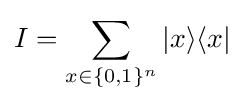
I=\sum _{x\in \{0,1\}^{n}}|x\rangle \langle x|